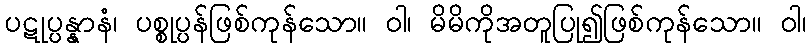
ပဋုပ္ပန္နာနံ၊ ပစ္စုပ္ပန်ဖြစ်ကုန်သော။ ဝါ၊ မိမိကိုအတူပြု၍ဖြစ်ကုန်သော။ ဝါ၊